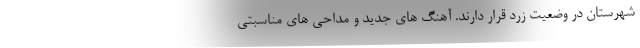
شهرستان در وضعیت زرد قرار دارند. آهنگ های جدید و مداحی های مناسبتی